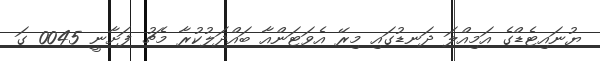
ޔުނައިޓެޑްގެ އަމިއްލަ ދަނޑުގައި މިރޭ އެވަޓަންއާ ބައްދަލުކުރާ މެޗު ފަށާނީ 0045 ގަ